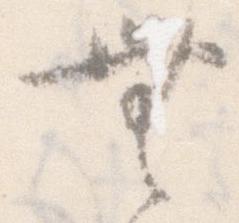
無